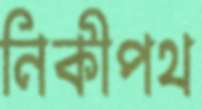
নিকীপথ